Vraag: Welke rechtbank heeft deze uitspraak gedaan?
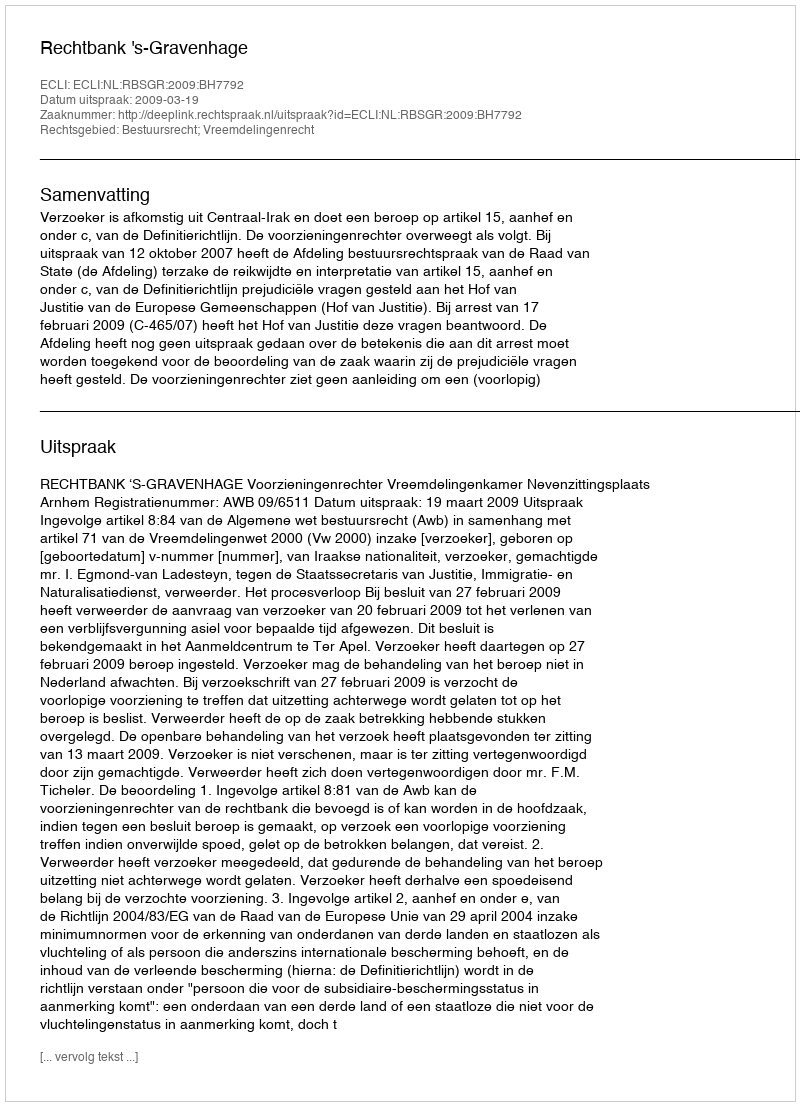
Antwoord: Rechtbank 's-Gravenhage